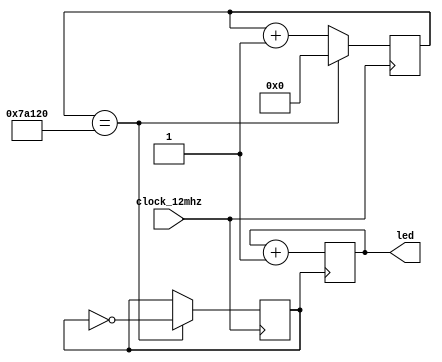
module top(
  input clock_12mhz,
  output reg[7:0] led
  );

localparam overflow = 1000000/2;

reg[$clog2(overflow)+1:0] counter;
initial counter <= 0;
reg clock_12hz;
initial clock_12hz <= 0;

always @(posedge clock_12mhz)
begin
    counter <= counter + 1;
    if (counter == overflow)
    begin
        counter <= 0;
        clock_12hz <= ~clock_12hz;
    end
end

always @(posedge clock_12hz)
begin
    led <= led + 1;
end

endmodule